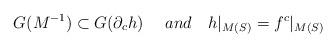
LaTeX: \begin{align*}G(M^{-1})\subset G(\partial_c h)\ \ \ \ and \ \ \ h|_{M(S)}=f^c|_{M(S)}\end{align*}